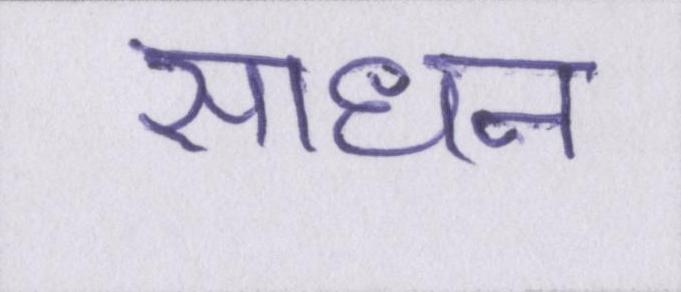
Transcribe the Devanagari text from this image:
साधन